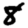
Digit: 8